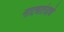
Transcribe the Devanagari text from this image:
नाट्यतंत्राचे